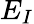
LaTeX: E_{I}